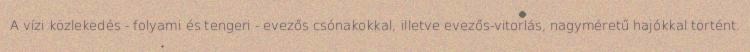
A vízi közlekedés - folyami és tengeri - evezős csónakokkal, illetve evezős-vitorlás, nagyméretű hajókkal történt.